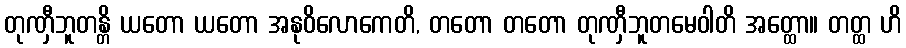
တုဏှီဘူတန္တိ ယတော ယတော အနုဝိလောကေတိ, တတော တတော တုဏှီဘူတမေဝါတိ အတ္ထော။ တတ္ထ ဟိ